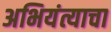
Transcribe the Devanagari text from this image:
अभियंत्याचा